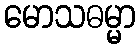
မောသဓမ္မာ